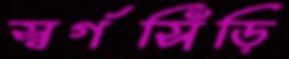
স্বর্গসিঁড়ি